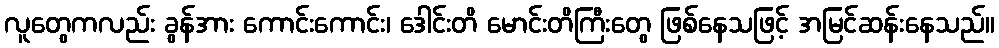
လူတွေကလည်း ခွန်အား ကောင်းကောင်း၊ ဒေါင်းတိ မောင်းတိကြီးတွေ ဖြစ်နေသဖြင့် အမြင်ဆန်းနေသည်။